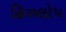
હિઝલોપ